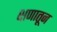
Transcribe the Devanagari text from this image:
क्षणातून